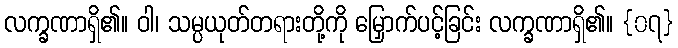
လက္ခဏာရှိ၏။ ဝါ၊ သမ္ပယုတ်တရားတို့ကို မြှောက်ပင့်ခြင်း လက္ခဏာရှိ၏။ {၀၇}